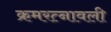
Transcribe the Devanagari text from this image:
क्रमरत्नावली